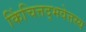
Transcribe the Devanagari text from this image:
किंचित्तद्भवेत्तस्य